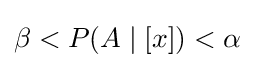
\textstyle \beta <P(A\mid [x])<\alpha